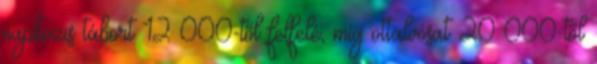
napközis tábort 12 000-től felfelé, míg ottalvósat 20 000-től